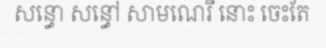
សន្ធោ សន្ធៅ សាមណេរី នោះ ចេះតែ